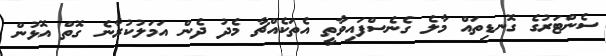
ސެންޓަރުގެ ގޮނޑިތައް މާލެ ގެނެސްފައިވާތީ އެތަކެއްޗާ މެދު ދެން އަމަލުކުރާނެ ގޮތް އޮޅުން